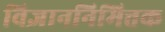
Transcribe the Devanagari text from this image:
विज्ञाननिमित्तक